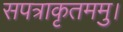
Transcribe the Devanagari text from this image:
सपत्राकृतममु।